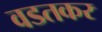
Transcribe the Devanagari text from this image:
वडतकर